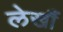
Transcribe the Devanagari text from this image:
लेखौं